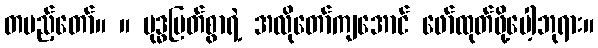
တပည့်တော်။ ။ ဗုဒ္ဓမြတ်စွာရဲ့ အလိုတော်ကျအောင် ဖော်ထုတ်ဖို့ပေါ့ဘုရား။